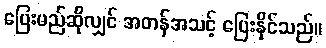
ပြေးမည်ဆိုလျှင် အတန်အသင့် ပြေးနိုင်သည်။